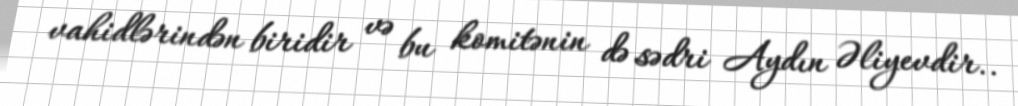
vahidlərindən biridir və bu komitənin də sədri Aydın Əliyevdir..